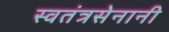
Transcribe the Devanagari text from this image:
स्वतंत्रसेनानी